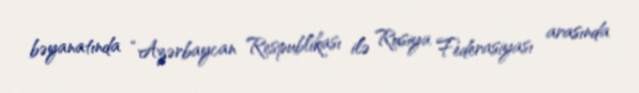
bəyanatında “Azərbaycan Respublikası ilə Rusiya Federasiyası arasında